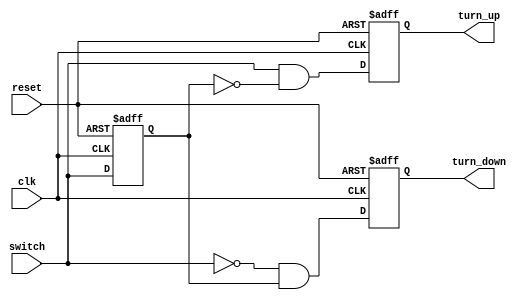
module switch_op(
    input switch,
    input clk,
    input reset,
    output turn_up,
    output turn_down
    );
    
reg turn_up_next, turn_up;
reg turn_down_next, turn_down;
reg switch_delay;

always @*
begin
    turn_up_next <= switch & ~switch_delay;
    turn_down_next <= ~switch & switch_delay;
end

always @(posedge clk or negedge reset)
begin
    if(~reset)
    begin
        turn_up <= 0;
        turn_down <= 0;
        switch_delay <= 0;
    end
    else
    begin
        turn_up <= turn_up_next;
        turn_down <= turn_down_next;
        switch_delay <= switch;
    end
end
    
endmodule